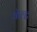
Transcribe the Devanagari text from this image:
कॅल्ट